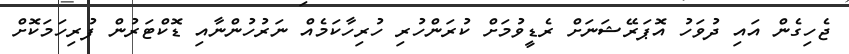
ޖެހިގެން އައި ދުވަހު އޮޕަރޭޝަނަށް ރެޑީވުމަށް ކުރަންހުރި ހުރިހާކަމެއް ނަރުހުންނާއި ޑޮކްޓަރުން ފުރިހަމަކޮށް